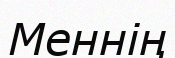
Меннің